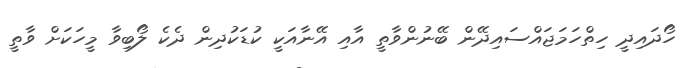
ހޯދައިދީ ހިތްހަމަޖައްސައިދޭން ބޭނުންވާތީ އާއި އޭނާއަކީ ކުޑަކުދިން ދެކެ ލޯބިވާ މީހަކަށް ވާތީ